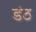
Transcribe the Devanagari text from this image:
डंठ